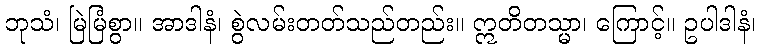
ဘုသံ၊ မြဲမြံစွာ။ အာဒါနံ၊ စွဲလမ်းတတ်သည်တည်း။ ဣတိတသ္မာ၊ ကြောင့်။ ဥပါဒါနံ၊